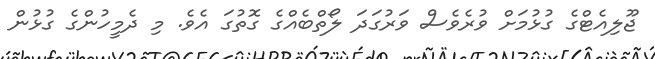
ޖޫލިއެޓްގެ ގުޅުމަށް ވުރެވެސް ވަރުގަދަ ލޯތްބެއްގެ ގޮތުގަ އެވެ. މި ދެމީހުންގެ ގުޅުން